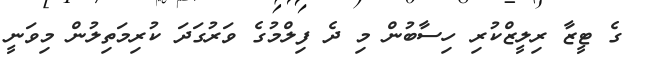
ގެ ޓީޒާ ރިލީޒްކުރި ހިސާބުން މި ދެ ފިލްމުގެ ވަރުގަދަ ކުރިމަތިލުން މިވަނީ